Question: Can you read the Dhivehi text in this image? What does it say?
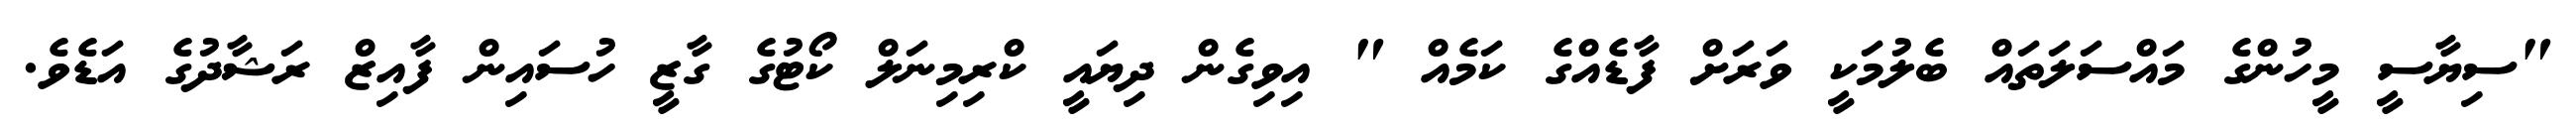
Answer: "ސިޔާސީ މީހުންގެ މައްސަލަތައް ބެލުމަކީ ވަރަށް ފާޑެއްގެ ކަމެއް " އިވިގެން ދިޔައީ ކްރިމިނަލް ކޯޓުގެ ގާޒީ ހުސައިން ފާއިޒް ރަޝާދުގެ އަޑެވެ.